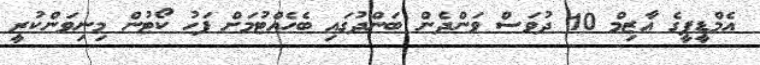
އެމްޑީޕީގެ އާޒިމް 10 ދުވަސް ވަންދެން ބަންދުގައި ބެހެއްޓުމަށް ފަހު ކޯޓުން މިނިވަންކުރީ